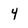
Character: 4